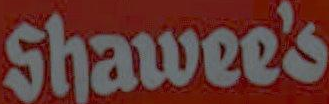
Shawee's